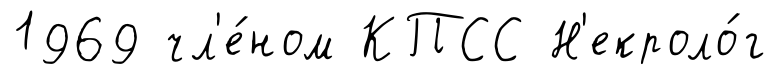
1969 чл'е́ном КПСС Н'екроло́г